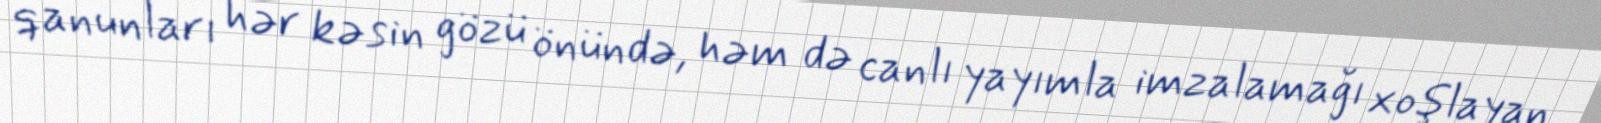
qanunları hər kəsin gözü önündə, həm də canlı yayımla imzalamağı xoşlayan